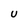
Character: U